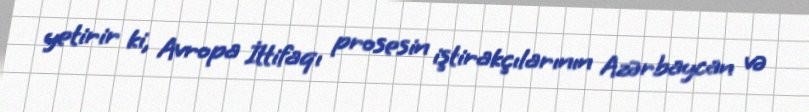
yetirir ki, Avropa İttifaqı prosesin iştirakçılarının Azərbaycan və